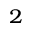
^ 2